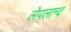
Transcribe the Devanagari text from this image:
लेपलान्द